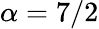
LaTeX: \alpha=7/2